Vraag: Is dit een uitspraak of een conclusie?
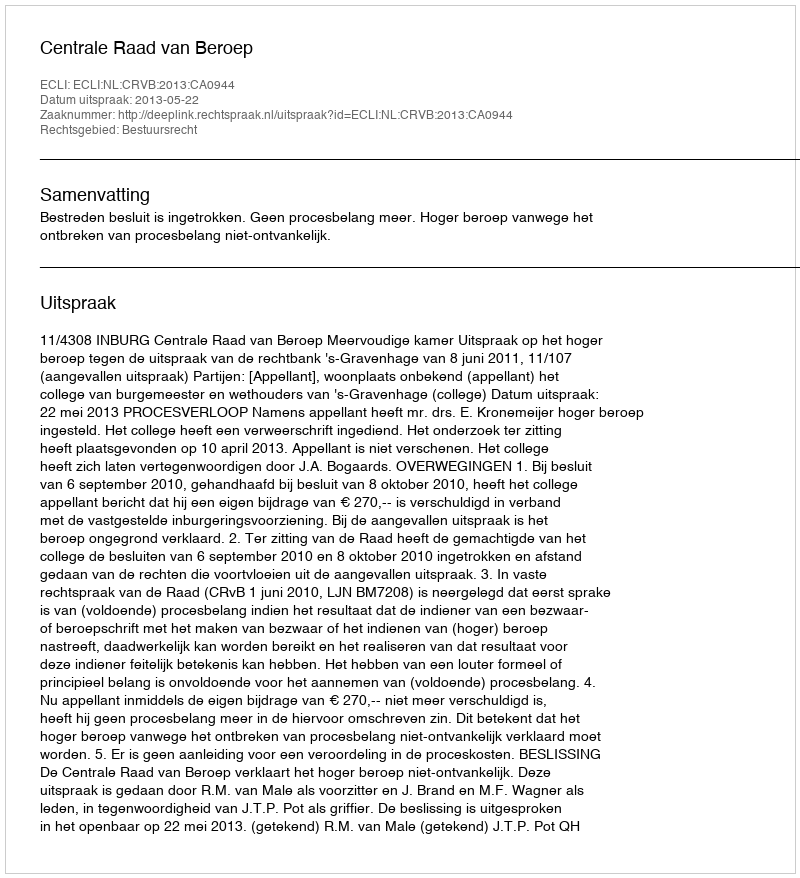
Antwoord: Uitspraak